Indian journal of veterinary science and animal husbandry - Volumes 15-17, 1948-1951
Year: 1948
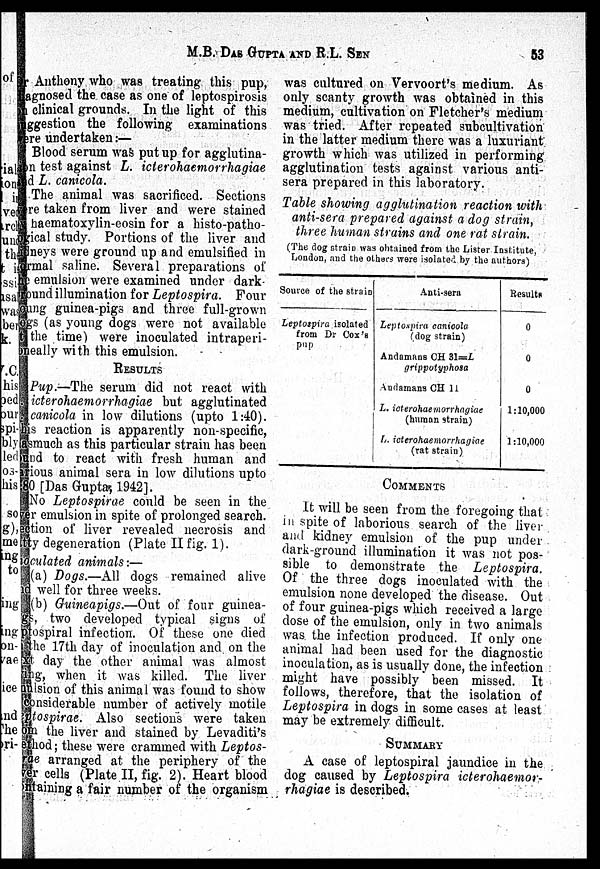
M.B. DAS GUPTA AND R.L.
SEN
53
Anthony who was treating this pup,
agnosed the case as one of leptospirosis
on clinical grounds. In the light of this
suggestion the following examinations
were undertaken :—
Blood serum was put up for agglutina-
---n test against L. icterohaemorrhagiae
and L. canicola.
The animal was sacrificed. Sections
were taken from liver and were stained
by haematoxylin-eosin for a histo-patho-
ogical study. Portions of the liver and
idneys were ground up and emulsified in
ormal saline. Several preparations of
the emulsion were examined under dark
round illumination for Leptospira. Four
--ng guinea-pigs and three full-grown
ogs (as young dogs were not available
at the time) were inoculated intraperi-
oneally with this emulsion.
RESULTS
Pup.—The serum did not react with
. icterohaemorrhagiae but agglutinated
. canicola in low dilutions (upto 1:40).
his reaction is apparently non-specific,
asmuch as this particular strain has been
und to react with fresh human and
rious animal sera in low dilutions upto
80 [Das Gupta, 1942].
No Leptospiras could be seen in the
ver emulsion in spite of prolonged search.
ection of liver revealed necrosis and
tty degeneration (Plate II fig. 1).
noculated animals:—
(a) Dogs.—All dogs remained alive
and well for three weeks.
(b) Guineapigs.—Out of four guinea-
gs, two developed typical signs of
ptospiral infection. Of these one died
the 17th day of inoculation and on the
xt day the other animal was almost
ing, when it was killed. The liver
nulsion of this animal was found to show
considerable number of actively motile
eptospirae. Also sections were taken
om the liver and stained by Levaditi's
method; these were crammed with Leptos-
rae arranged at the periphery of the
ver cells (Plate II, fig. 2). Heart blood
ntaining a fair number of the organism
was cultured on Vervoort's medium. As
only scanty growth was obtained in this
medium, cultivation on Fletcher's medium
was tried. After repeated subcultivation
in the latter medium there was a luxuriant
growth which was utilized in performing
agglutination tests against various anti-
sera prepared in this laboratory.
Table showing agglutination reaction with
anti-sera prepared against a dog strain,
three human strains and one rat strain.
(The dog strain was obtained from the Lister Institute,
London, and the others were isolated by the authors)
Source of the strain
Leptospira isolated
from Dr Cox's
pup
Anti-sera
Leptospira canicola
(dog strain)
Andamans CH 31=L
grippotyphosa
Andamans CH 11
L. icterohaemorrhagiae
(human strain)
L. icterohaemorrhagiae
(rat strain)
Results
0
0
0
1:10,000
1:10,000
COMMENTS
It will be seen from the foregoing that
in spite of laborious search of the liver
and kidney emulsion of the pup under
dark-ground illumination it was not pos-
sible to demonstrate the Leptospira.
Of the three dogs inoculated with the
emulsion none developed the disease. Out
of four guinea-pigs which received a large
dose of the emulsion, only in two animals
was the infection produced. If only one
animal had been used for the diagnostic
inoculation, as is usually done, the infection
might have possibly been missed. It
follows, therefore, that the isolation of
Leptospira in dogs in some cases at least
may be extremely difficult.
SUMMARY
A case of leptospiral jaundice in the
dog caused by Leptospira icterohaemor-
rhagiae is described.